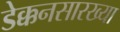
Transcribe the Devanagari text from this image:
डेक्कनसारख्या